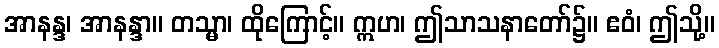
အာနန္ဒ၊ အာနန္ဒာ။ တသ္မာ၊ ထိုကြောင့်။ ဣဟ၊ ဤသာသနာတော်၌။ ဧဝံ၊ ဤသို့။